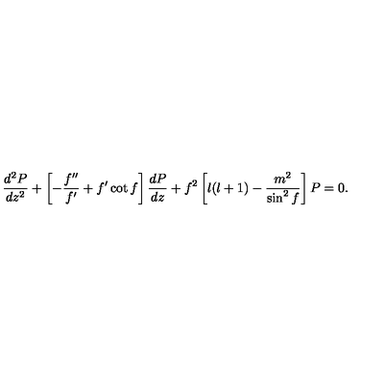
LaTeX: \frac { d ^ { 2 } P } { d z ^ { 2 } } + \left[ - \frac { f ^ { \prime \prime } } { f ^ { \prime } } + f ^ { \prime } \cot f \right] \frac { d P } { d z } + f ^ { 2 } \left[ l ( l + 1 ) - \frac { m ^ { 2 } } { \sin ^ { 2 } f } \right] P = 0 .